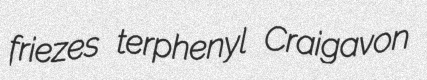
friezes terphenyl Craigavon